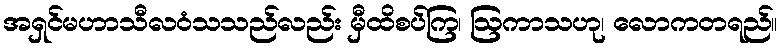
အရှင်မဟာသီလဝံသသည်လည်း မှီထိစပ်ကြ၊ ဩကာသဟု၊ လောကတရည်။